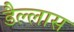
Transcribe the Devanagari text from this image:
डैल्लास